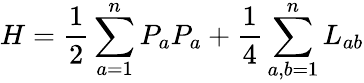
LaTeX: H=\frac{1}{2}\sum_{a=1}^{n}P_{a}P_{a}+\frac{1}{4}\sum_{a,b=1}^{n}L_{ab}